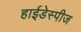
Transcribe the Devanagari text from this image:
हाईडेस्पीज